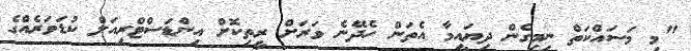
"މި މަސައްކަތް ނިމިގެން ދިޔައީމާ އެތަން ހެދޭނެ ވަރަށް ރީތިކޮށް އިންޑަސްޓްރިއަލް ކުޑަވަރެއްގެ